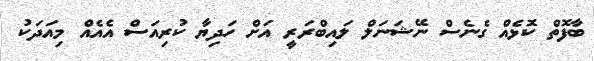
ބާފޮތް ކޮޅެއް ގެނެސް ނޭޝަނަލް ލައިބްރަރީ އަށް ހަދިޔާ ކުރިއަސް އެއެއް މިއަދަކު